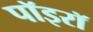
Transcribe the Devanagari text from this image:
पॉइरॉ